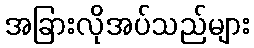
အခြားလိုအပ်သည်များ